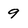
Character: 9